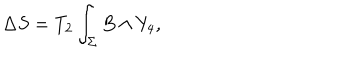
\Delta S = T _ { 2 } \int _ { \Sigma } B \wedge Y _ { 4 } ,